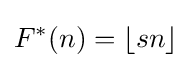
F^{*}(n)=\lfloor sn\rfloor